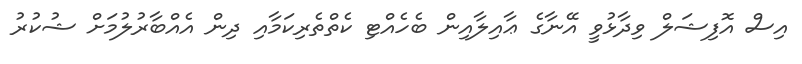
އިސް އޮފިޝަލް ވިދާޅުވީ އޭނާގެ ޢާއިލާއިން ބެހެއްޓި ކެތްތެރިކަމާއި ދިން އެއްބާރުލުމަށް ޝުކުރު